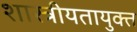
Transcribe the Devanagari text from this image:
शास्त्रीयतायुक्त